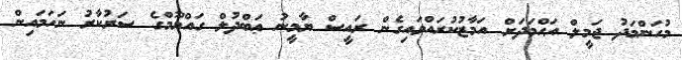
މުހަންމަދު ޖަމީލް އަޙްމަދަށް އަމާޒުކުރައްވައިގެން ރައީސް ޔާމީނު ޢަބްދުލް ގައްޔޫމްގެ ސަރުކާރު ނަހަމައިން